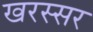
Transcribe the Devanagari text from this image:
खरस्सर